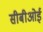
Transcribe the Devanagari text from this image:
सीबीओई